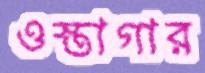
ওস্তাগার